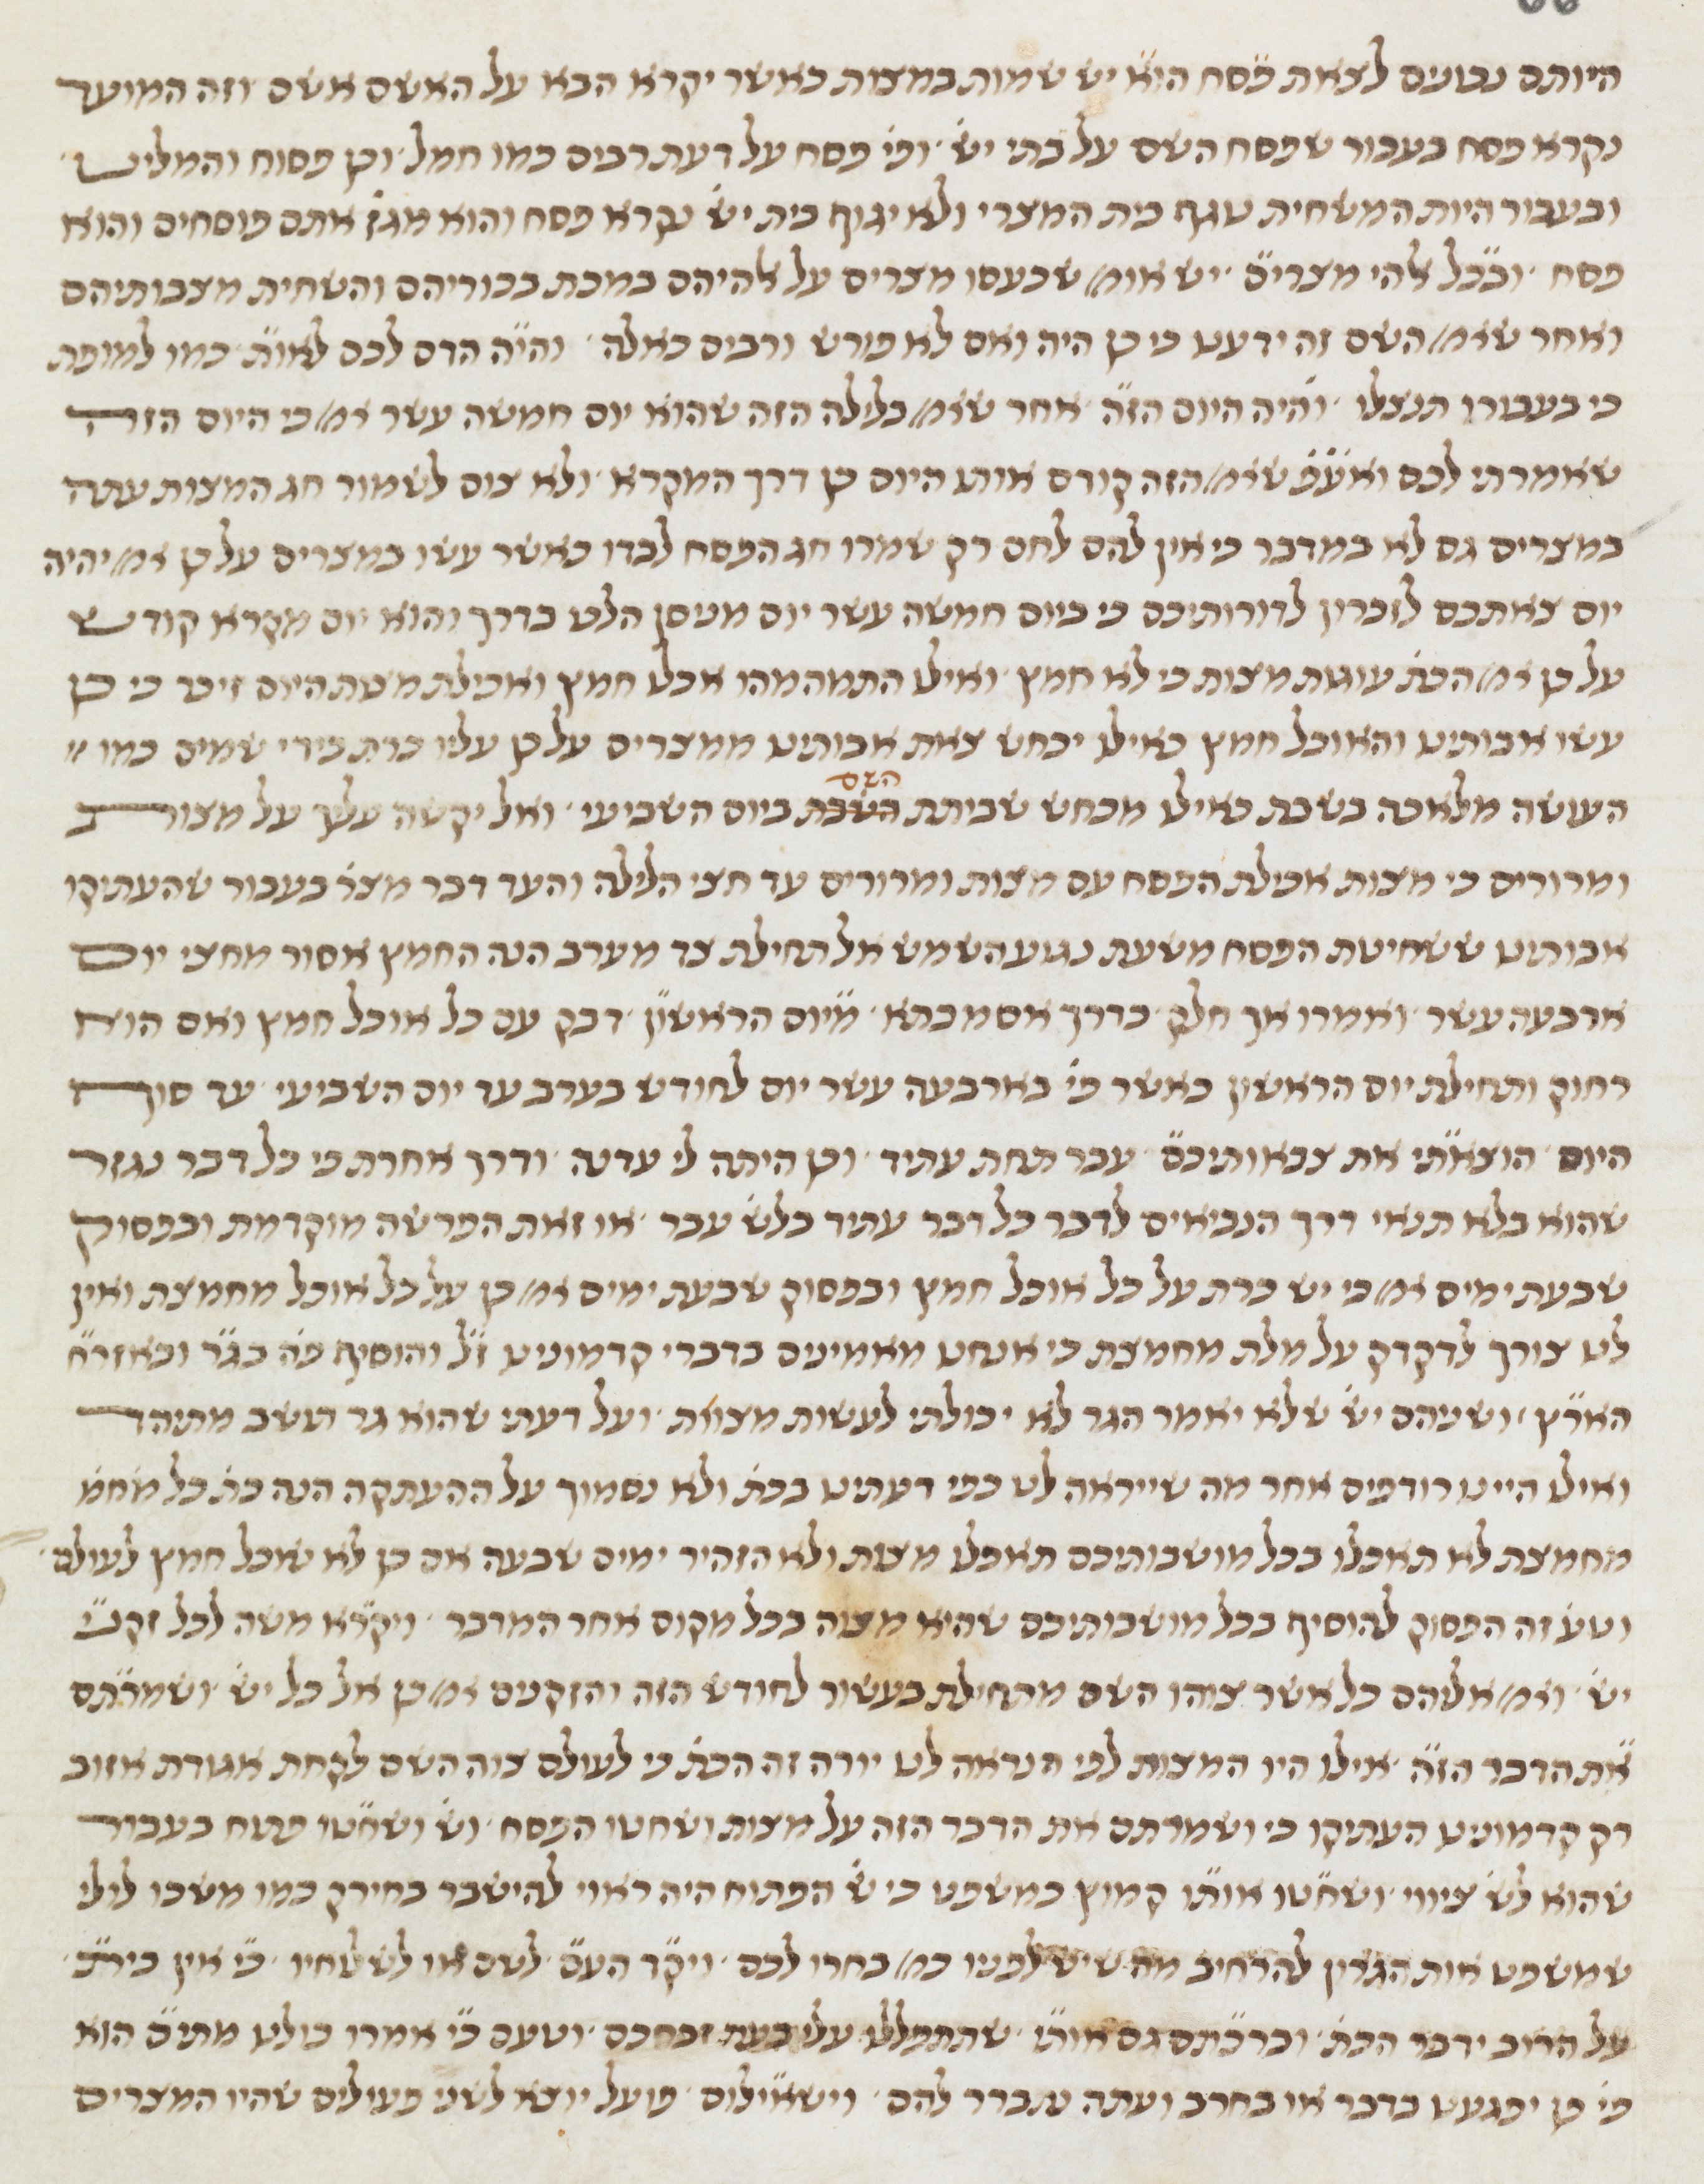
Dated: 1450–1499